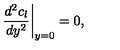
\left. { \frac { d ^ { 2 } c _ { l } } { d y ^ { 2 } } } \right| _ { y = 0 } = 0 ,